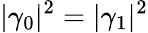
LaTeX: |\gamma_{0}|^{2}=|\gamma_{1}|^{2}